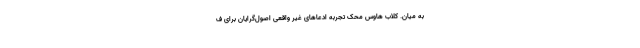
به میان. کلاب هاوس محک تجربه ادعاهای غیر واقعی اصول‌گرایان برای ف